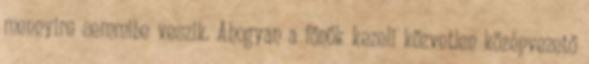
mennyire semmibe veszik. Ahogyan a főnök kezeli közvetlen középvezető